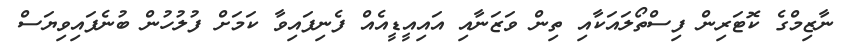
ނާޒިމްގެ ކޮޓަރިން ފިސްތޯލައަކާއި ތިން ވަޒަނާއި އައިއީޑީއެއް ފެނިފައިވާ ކަމަށް ފުލުހުން ބުނެފައިވިޔަސް